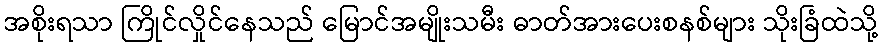
အစိုးရသာ ကြိုင်လှိုင်နေသည် မြောင်အမျိုးသမီး ဓာတ်အားပေးစနစ်များ သိုးခြံထဲသို့